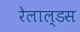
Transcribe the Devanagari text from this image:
रेलाल्डस